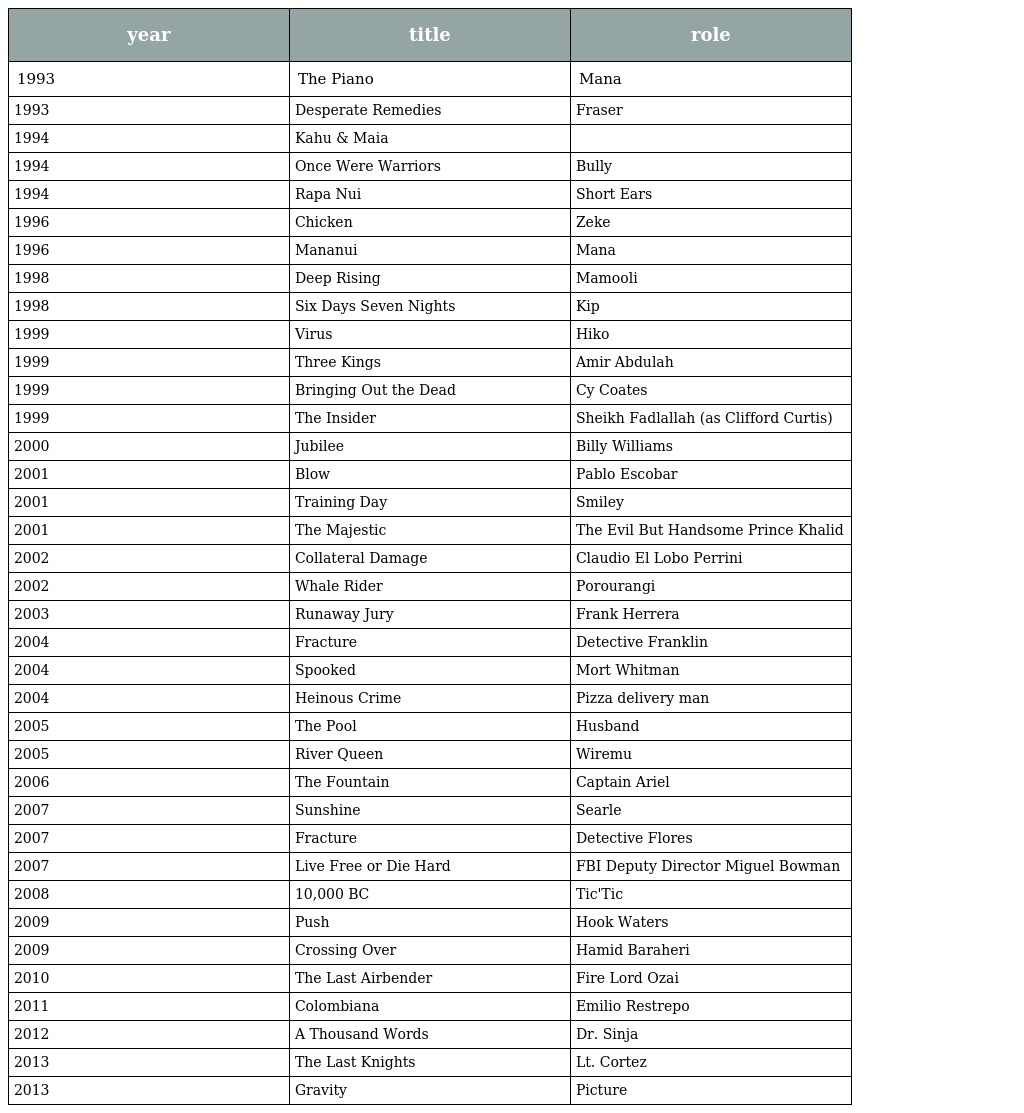
| year | title | role |
 | --- | --- | --- |
 | 1993 | The Piano | Mana |
 | 1993 | Desperate Remedies | Fraser |
 | 1994 | Kahu & Maia |  |
 | 1994 | Once Were Warriors | Bully |
 | 1994 | Rapa Nui | Short Ears |
 | 1996 | Chicken | Zeke |
 | 1996 | Mananui | Mana |
 | 1998 | Deep Rising | Mamooli |
 | 1998 | Six Days Seven Nights | Kip |
 | 1999 | Virus | Hiko |
 | 1999 | Three Kings | Amir Abdulah |
 | 1999 | Bringing Out the Dead | Cy Coates |
 | 1999 | The Insider | Sheikh Fadlallah (as Clifford Curtis) |
 | 2000 | Jubilee | Billy Williams |
 | 2001 | Blow | Pablo Escobar |
 | 2001 | Training Day | Smiley |
 | 2001 | The Majestic | The Evil But Handsome Prince Khalid |
 | 2002 | Collateral Damage | Claudio El Lobo Perrini |
 | 2002 | Whale Rider | Porourangi |
 | 2003 | Runaway Jury | Frank Herrera |
 | 2004 | Fracture | Detective Franklin |
 | 2004 | Spooked | Mort Whitman |
 | 2004 | Heinous Crime | Pizza delivery man |
 | 2005 | The Pool | Husband |
 | 2005 | River Queen | Wiremu |
 | 2006 | The Fountain | Captain Ariel |
 | 2007 | Sunshine | Searle |
 | 2007 | Fracture | Detective Flores |
 | 2007 | Live Free or Die Hard | FBI Deputy Director Miguel Bowman |
 | 2008 | 10,000 BC | Tic'Tic |
 | 2009 | Push | Hook Waters |
 | 2009 | Crossing Over | Hamid Baraheri |
 | 2010 | The Last Airbender | Fire Lord Ozai |
 | 2011 | Colombiana | Emilio Restrepo |
 | 2012 | A Thousand Words | Dr. Sinja |
 | 2013 | The Last Knights | Lt. Cortez |
 | 2013 | Gravity | Picture |